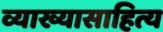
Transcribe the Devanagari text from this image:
व्याख्यासाहित्य